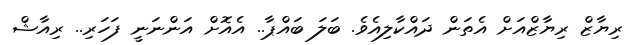
ރިޔާޒް ރިޔާޒްއަށް އެތަން ދައްކާލިއެވެ. ބަލަ ބައްޕާ.. އެއޮށް އަންނަނީ ފަހަރި.. ރިއާޝް